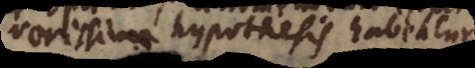
verissima hypothesis habeatu